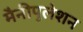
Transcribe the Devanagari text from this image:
मैनीपुलेशन